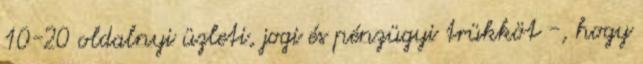
10-20 oldalnyi üzleti, jogi és pénzügyi trükköt -, hogy